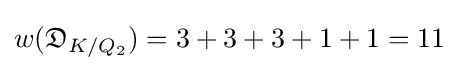
w({\mathfrak {D}}_{K/Q_{2}})=3+3+3+1+1=11